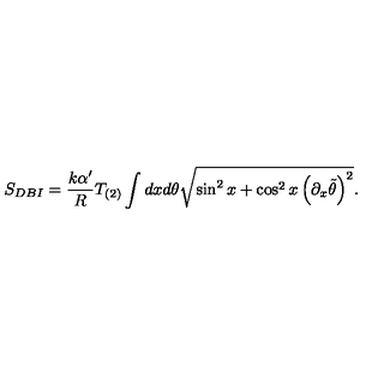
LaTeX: S _ { D B I } = \frac { k \alpha ^ { \prime } } { R } T _ { ( 2 ) } \int d x d \theta \sqrt { \sin ^ { 2 } x + \cos ^ { 2 } x \left( \partial _ { x } \tilde { \theta } \right) ^ { 2 } } .